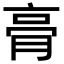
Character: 𮌔